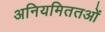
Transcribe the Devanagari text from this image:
अनियमिततओं